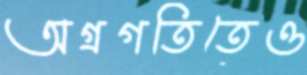
অগ্রগতিতেও